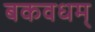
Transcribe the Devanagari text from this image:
बकवधम्